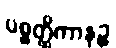
ပစ္စတ္ထိကာနဉ္စ